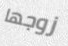
زوجها